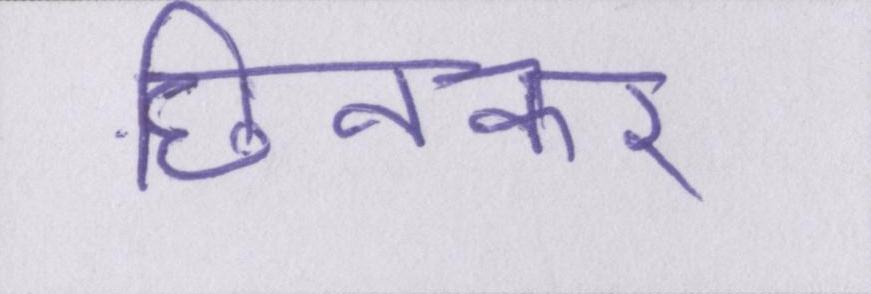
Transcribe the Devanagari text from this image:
छिनकर